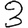
Digit: 3